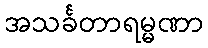
အသင်္ခတာရမ္မဏာ